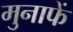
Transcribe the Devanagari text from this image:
मुनाफें